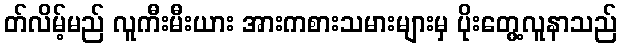
တ်လိမ့်မည် လူကီးမီးယား အားကစားသမားများမှ ပိုးတွေ့လူနာသည်